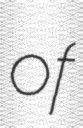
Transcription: of